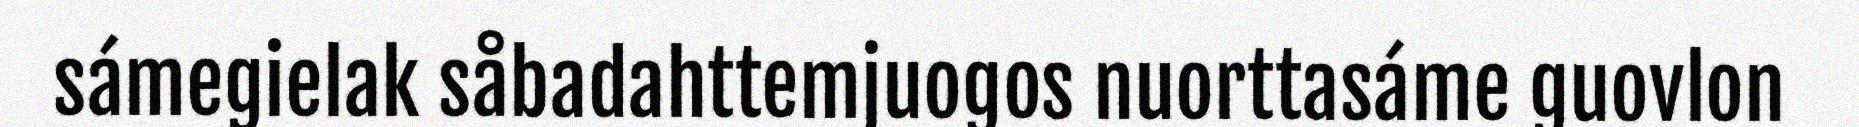
sámegielak såbadahttemjuogos nuorttasáme guovlon